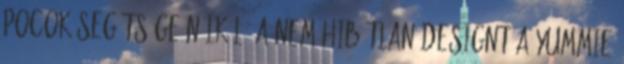
Pocok segítsége nélkül. A nem hibátlan designt a Yummie